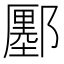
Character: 𨞬